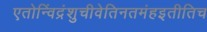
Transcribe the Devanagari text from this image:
एतोन्विंद्रंशुचीवेतिनतमंहइतीतिच